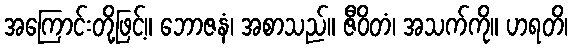
အကြောင်းတို့ဖြင့်။ ဘောဇနံ၊ အစာသည်။ ဇီဝိတံ၊ အသက်ကို။ ဟရတိ၊